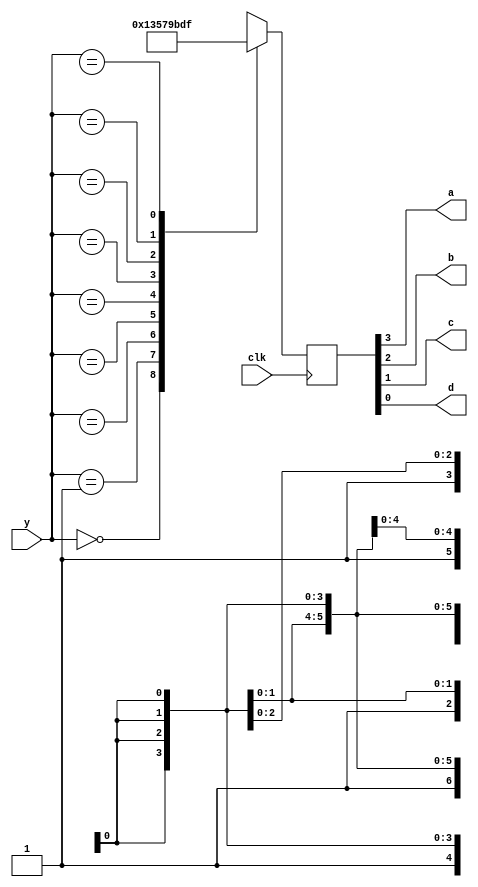
`timescale 1ns / 1ps
//////////////////////////////////////////////////////////////////////////////////
// Company: 
// Engineer: 
// 
// Design Name: 
// Module Name: PriorityEncoder
// Project Name: 
// Target Devices: 
// Tool Versions: 
// Description: 
// 
// Dependencies: 
// 
// Revision:
// Revision 0.01 - File Created
// Additional Comments:
// 
//////////////////////////////////////////////////////////////////////////////////


module PriorityEncoder(
    input clk, 
    input [7:0] y,
    output a,b,c,d
    );
    reg [3:0] abcd_temp=4'b0000;
    
    always@(posedge clk) begin
    case(y)
    8'b00000000:abcd_temp=4'b0000;
    8'b00000001:abcd_temp=4'b0001;
    8'b0000001x:abcd_temp=4'b0011;
    8'b000001xx:abcd_temp=4'b0101;
    8'b00001xxx:abcd_temp=4'b0111;
    8'b0001xxxx:abcd_temp=4'b1001;
    8'b001xxxxx:abcd_temp=4'b1011;
    8'b01xxxxxx:abcd_temp=4'b1101;
    8'b1xxxxxxx:abcd_temp=4'b1111;
    default:abcd_temp=4'b0000;
    endcase
   end
    
    assign a=abcd_temp[3];
    assign b=abcd_temp[2];
    assign c=abcd_temp[1];
    assign d=abcd_temp[0];
endmodule